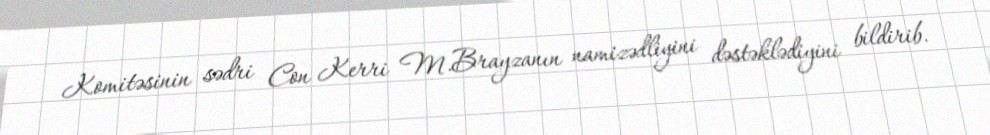
Komitəsinin sədri Con Kerri M.Brayzanın namizədliyini dəstəklədiyini bildirib.